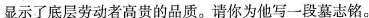
显示了底层劳动者高贵的品质。请你为他写一段墓志铭。